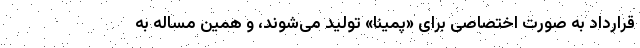
قرارداد به صورت اختصاصی برای «پمینا» تولید می‌شوند، و همین مساله به